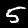
Digit: 5